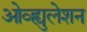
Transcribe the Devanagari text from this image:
ओव्ह्युलेशन